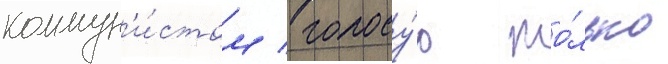
коммун'и́стом / голосу́ю то́лько